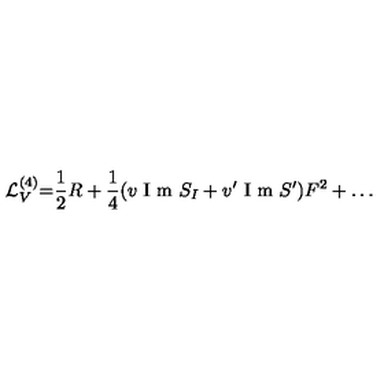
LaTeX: { \cal L } _ { V } ^ { ( 4 ) } { = } { \frac { 1 } { 2 } } R + { \frac { 1 } { 4 } } ( v \makebox { I m } S _ { I } + v ^ { \prime } \makebox { I m } S ^ { \prime } ) F ^ { 2 } + \dots